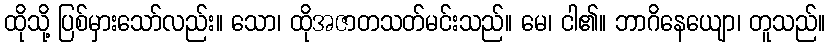
ထိုသို့ ပြစ်မှားသော်လည်း။ သော၊ ထိုအဇာတသတ်မင်းသည်။ မေ၊ ငါ၏။ ဘာဂိနေယျော၊ တူသည်။